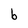
Character: b